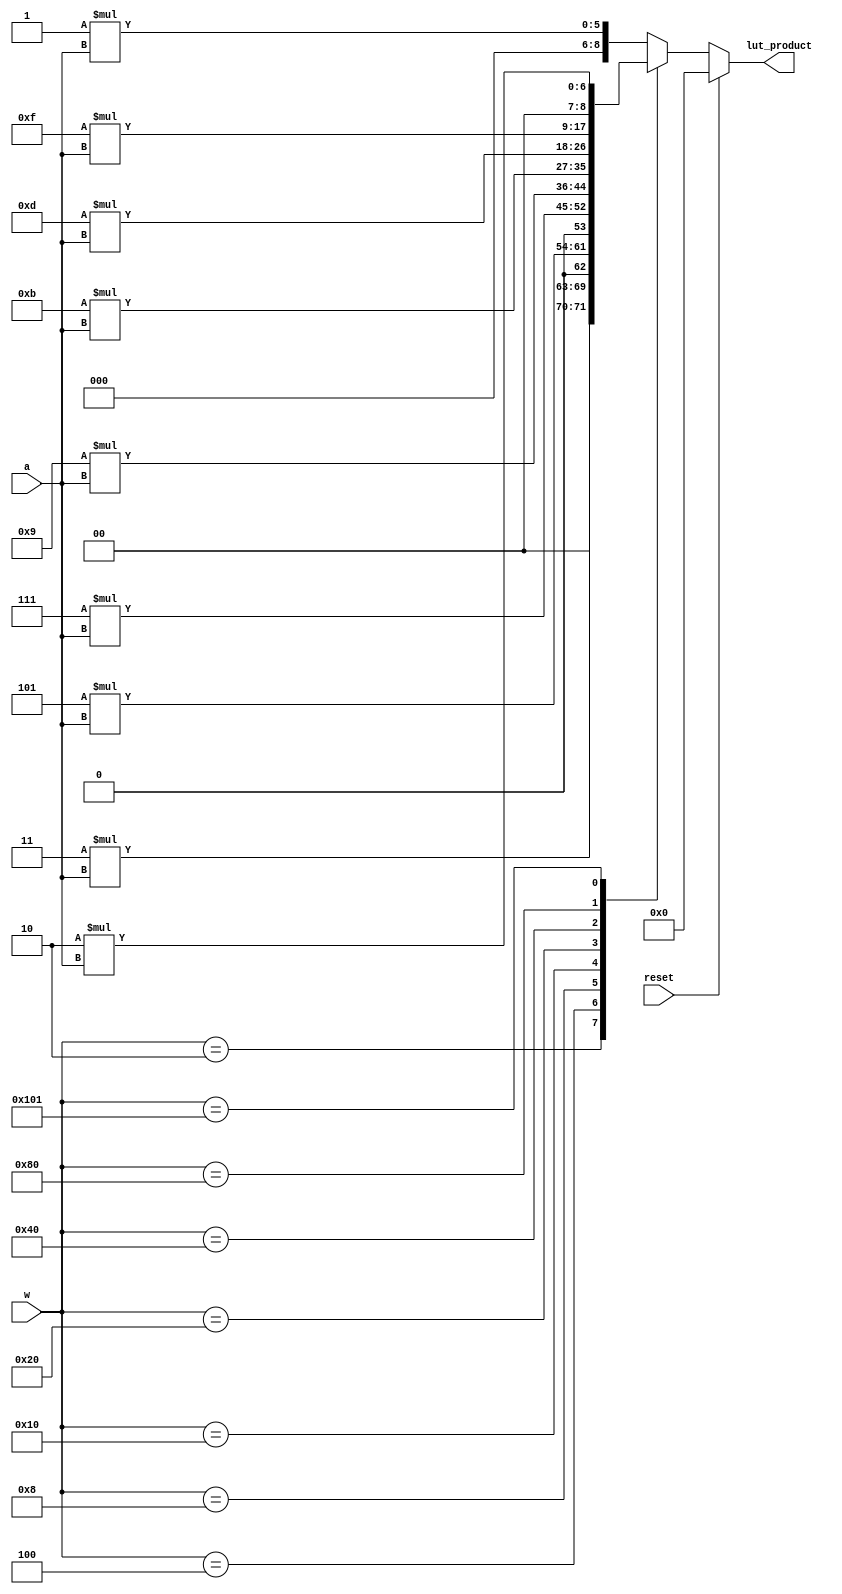
module lut_oms(w,a,reset,lut_product);
 input [8:0] w;
 input [4:0] a;
 input reset;
 output reg [8:0] lut_product;
 reg [31:0] lut_prod;

 always@(w,a,reset)
 begin
 case(w)
 9'b000000001:lut_prod=1*a;
 9'b000000010:lut_prod=3*a;
 9'b000000100:lut_prod=5*a;
 9'b000001000:lut_prod=7*a;
 9'b000010000:lut_prod=9*a;
 9'b000100000:lut_prod=11*a;
 9'b001000000:lut_prod=13*a;
 9'b010000000:lut_prod=15*a;
 9'b100000001:lut_prod=2*a;
 endcase 
 lut_product=lut_prod[8:0];
 if (reset==1)
	lut_product=0;
 end 	
endmodule